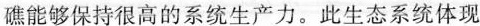
礁能够保持很高的系统生产力。此生态系统体现